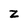
Character: z